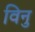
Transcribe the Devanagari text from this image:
विनु